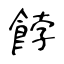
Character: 餑